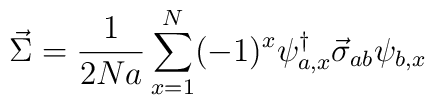
\vec{\Sigma}=\frac{1}{2Na}\sum_{x=1}^{N}(-1)^x\psi_{a,x}^{\dagger}\vec{\sigma}_{ab}\psi_{b,x}